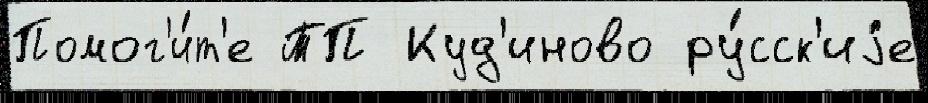
Помог'и́т'е ТП Куд'иново ру́сск'иjе